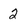
Character: 2